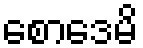
စောဒေမိ